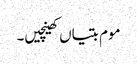
موم بتیاں کھینچیں۔